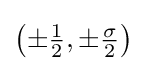
\left(\pm {\tfrac {1}{2}},\pm {\tfrac {\sigma }{2}}\right)